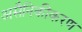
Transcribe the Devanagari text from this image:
असैनिकीकरण